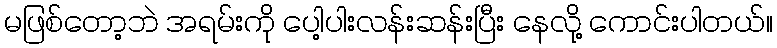
မဖြစ်တော့ဘဲ အရမ်းကို ပေါ့ပါးလန်းဆန်းပြီး နေလို့ ကောင်းပါတယ်။